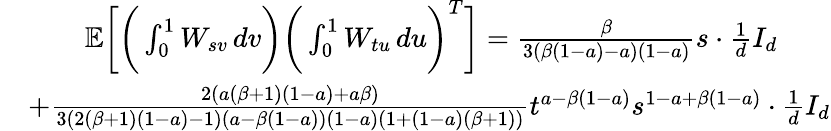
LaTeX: \begin{array}{rl}&{\quad\quad\mathbb{E}\bigg[\bigg(\int_{0}^{1}W_{sv}\, dv\bigg)\bigg(\int_{0}^{1}W_{tu}\, du\bigg)^{T}\bigg]=\frac{\beta}{3(\beta(1-a)-a)(1-a)}s\cdot\frac{1}{d}I_{d}}\\ &{+\frac{2(a(\beta+1)(1-a)+a\beta)}{3(2(\beta+1)(1-a)-1)(a-\beta(1-a))(1-a)(1+(1-a)(\beta+1))}t^{a-\beta(1-a)}s^{1-a+\beta(1-a)}\cdot\frac{1}{d}I_{d}}\end{array}